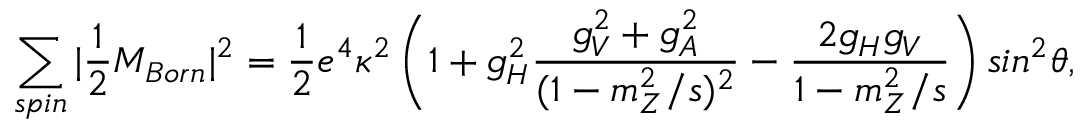
\sum _ { s p i n } | \frac { 1 } { 2 } { \cal M } _ { B o r n } | ^ { 2 } = \frac { 1 } { 2 } e ^ { 4 } \kappa ^ { 2 } \left( 1 + g _ { H } ^ { 2 } \frac { g _ { V } ^ { 2 } + g _ { A } ^ { 2 } } { ( 1 - m _ { Z } ^ { 2 } / s ) ^ { 2 } } - \frac { 2 g _ { H } g _ { V } } { 1 - m _ { Z } ^ { 2 } / s } \right) s i n ^ { 2 } \theta ,